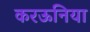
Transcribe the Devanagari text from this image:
करऊनिया